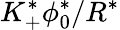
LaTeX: K_{+}^{*}\phi_{0}^{*}/R^{*}